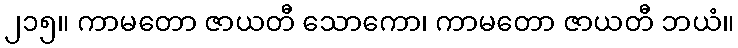
၂၁၅။ ကာမတော ဇာယတီ သောကော၊ ကာမတော ဇာယတီ ဘယံ။